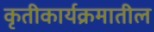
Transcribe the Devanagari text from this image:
कृतीकार्यक्रमातील